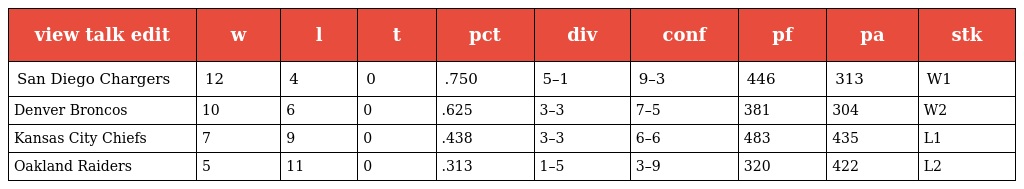
| view talk edit | w | l | t | pct | div | conf | pf | pa | stk |
 | --- | --- | --- | --- | --- | --- | --- | --- | --- | --- |
 | San Diego Chargers | 12 | 4 | 0 | .750 | 5–1 | 9–3 | 446 | 313 | W1 |
 | Denver Broncos | 10 | 6 | 0 | .625 | 3–3 | 7–5 | 381 | 304 | W2 |
 | Kansas City Chiefs | 7 | 9 | 0 | .438 | 3–3 | 6–6 | 483 | 435 | L1 |
 | Oakland Raiders | 5 | 11 | 0 | .313 | 1–5 | 3–9 | 320 | 422 | L2 |